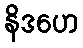
နိဒဟေ